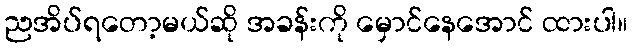
ညအိပ်ရတော့မယ်ဆို အခန်းကို မှောင်နေအောင် ထားပါ။